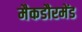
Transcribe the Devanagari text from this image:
मैकडौरमेंड